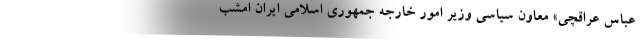
عباس عراقچی» معاون سیاسی وزیر امور خارجه جمهوری اسلامی ایران امشب